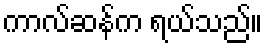
ကာလ်ဆန်က ရယ်သည်။